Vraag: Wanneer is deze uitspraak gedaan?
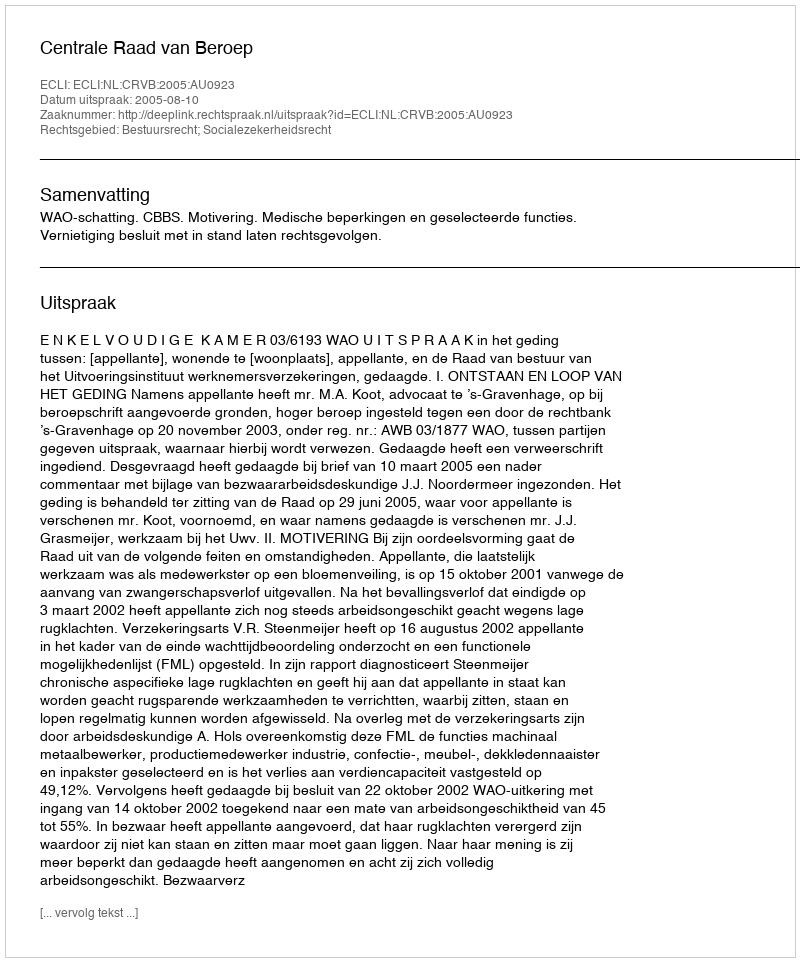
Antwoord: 2005-08-10